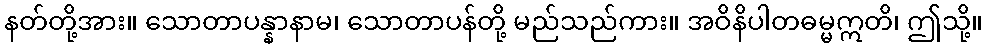
နတ်တို့အား။ သောတာပန္နာနာမ၊ သောတာပန်တို့ မည်သည်ကား။ အဝိနိပါတဓမ္မဣတိ၊ ဤသို့။